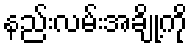
နည်းလမ်းအချို့ကို